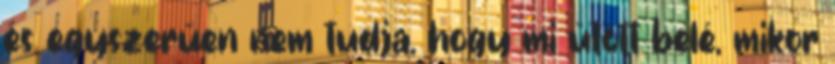
és egyszerűen nem tudja, hogy mi ütött belé, mikor